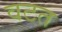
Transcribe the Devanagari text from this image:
वटत